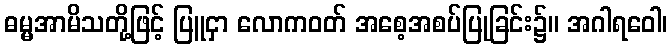
ဓမ္မအာမိသတို့ဖြင့် ပြူငှာ လောကဝတ် အစေ့အစပ်ပြုခြင်း၌။ အဂါရဝေါ၊